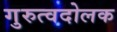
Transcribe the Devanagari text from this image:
गुरुत्वदोलक